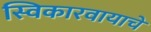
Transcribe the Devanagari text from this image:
स्विकारवायाचे